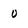
Character: 0